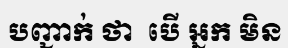
បញ្ជាក់ ថា  បើ អ្នក មិន